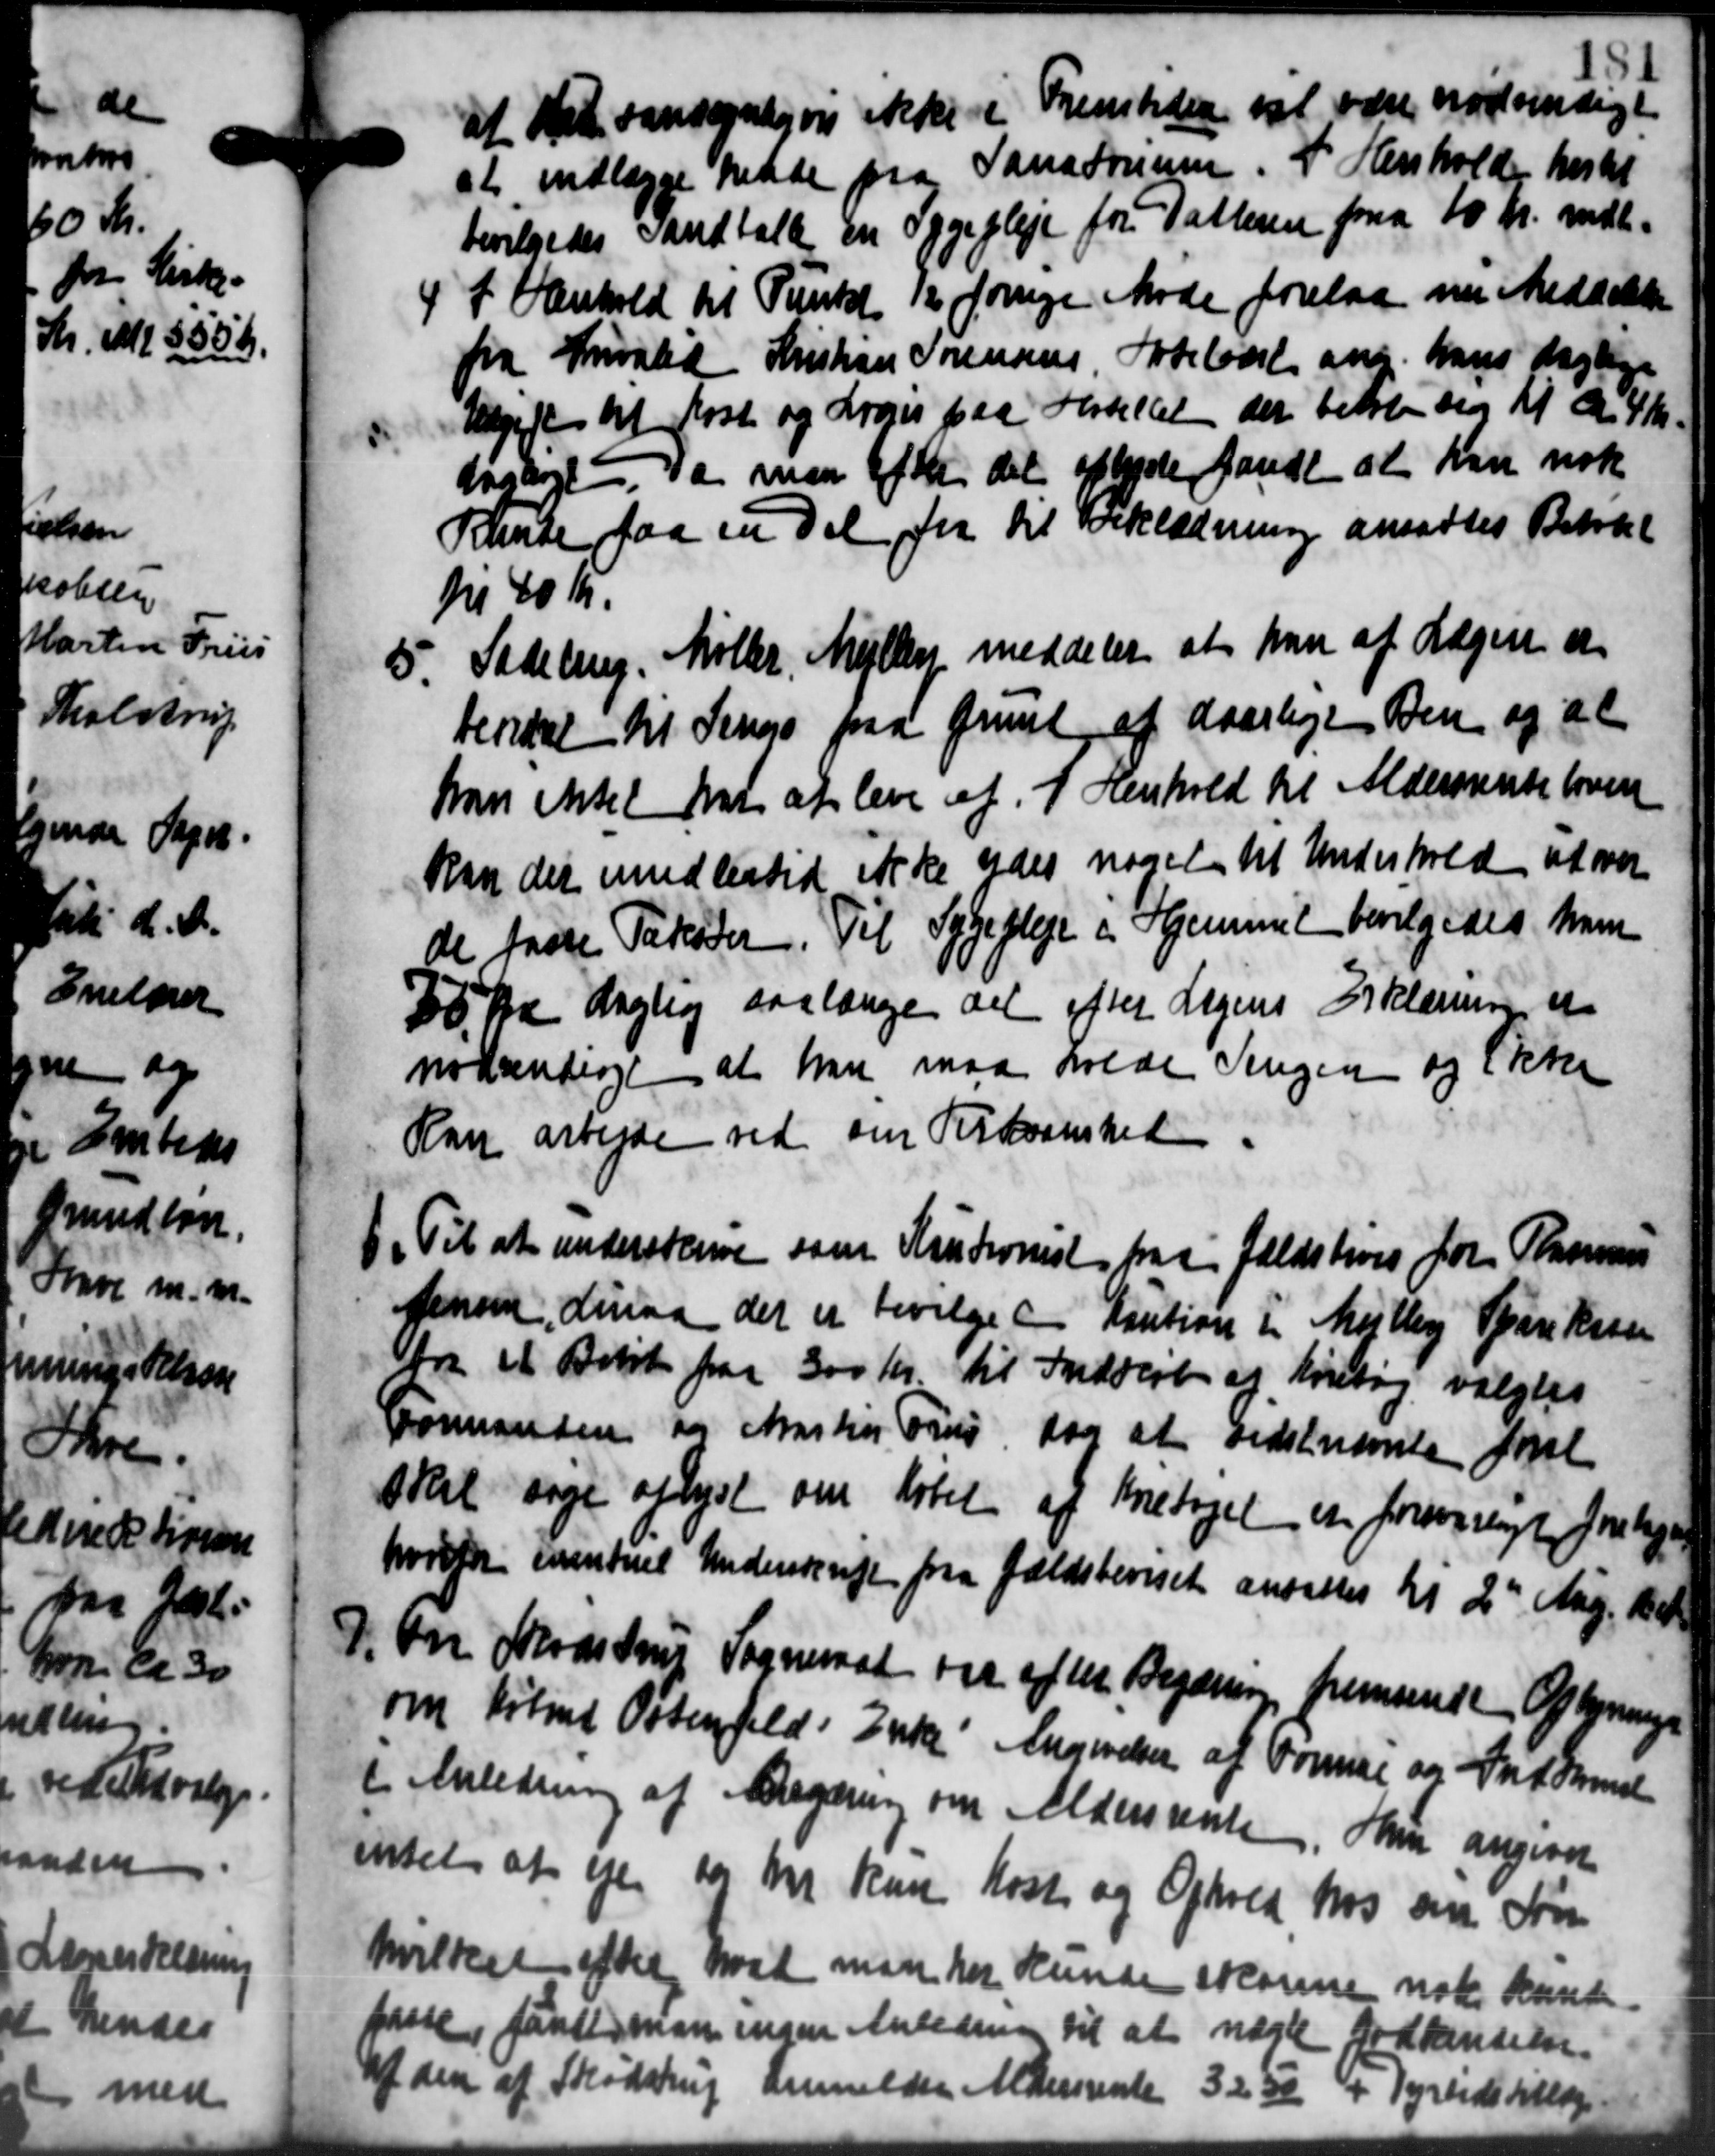
Transskription:
at til sandsyndigvis ikke i Fremtiden vil være nødvendigt
at indlægge hende paa Sansdommen. I Henhold hertil
bevilgedes Vandtalte en sygepleje for Datteren paa 10 Kr. mdl.
4 I Henhold til Punkt 12 forrige Møde forelaa nu meddelelse
4 I Henhold til Punkt 12 forrige Møde forelaa nu meddelelse
fra Invalid Kristian Sørensens Støbeløbet ang. hans daglige
Udgift til Kost og Lovis paa Festellet der beløb sig til de 4 Kr.
dagligt. Da man efter det oplyste fandt at kan nok
Rente faa en Del fra til Forklædning ansattes Betalt
til 40 Kr.
5. Sadeling. Møller, Mejlby meddeler at han af Lægen er
5. Sadeling. Møller, Mejlby meddeler at han af Lægen er
Heridsel til Senere paa Grund af daarlige Den og at
han ikket har at leve af I Henhold til Aldersrente hver
kan der imidlertid ikke ydes noget til Underhold at over
de faste Takster. Til Sygepleje i Hjemmet bevilgedes ham
30 Kr daglig saalænge det efter Lagens Erklæring er
nødvendige at han maa holde Singen og ikke
Han arbejde ved sin Tirksomhed.
) Til at underskreve som Kautionist fra a fældstives for Rasmus
) Til at underskreve som Kautionist fra a fældstives for Rasmus
Jensen, diriaa det er bevilge Kaution i Mejlby Sparekassen
for et Bolet paa 300 Kr. til Indkøb at foretog valgtes
Formanden og Martin Pris for at sidstnævnte først
skal søge oplyst om løbet af Foretaget er forsvarligt forskjel
hvorfor eventuel Understinge paa Gældsbeviset ansattes til 2de Mag. Bet
D. En Skødstrup Sogneraad var efter Begæring fremsende Oplysnings
D. En Skødstrup Sogneraad var efter Begæring fremsende Oplysnings
om Kørsel Ostenfeld: Enke Angivelsen af Formue og Indsaml
i Anledning af Begæring om Aldersrenten. Hun angaaet
intet at ejen for har kan Koste og Ophold hos om Søn
hvilket efter hvad man har kunde skønne nok kunde
passe, fandt man ingen Anledning til at nægte Godkendelse.
Af den af Skødstrup anmelder Aldersrente 3230 + Tyrudstillæge